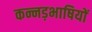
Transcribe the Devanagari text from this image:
कन्नड़भाषियों